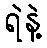
ရဲနဲ့